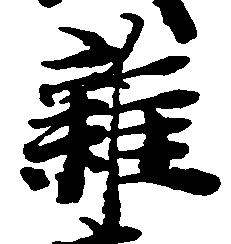
雑